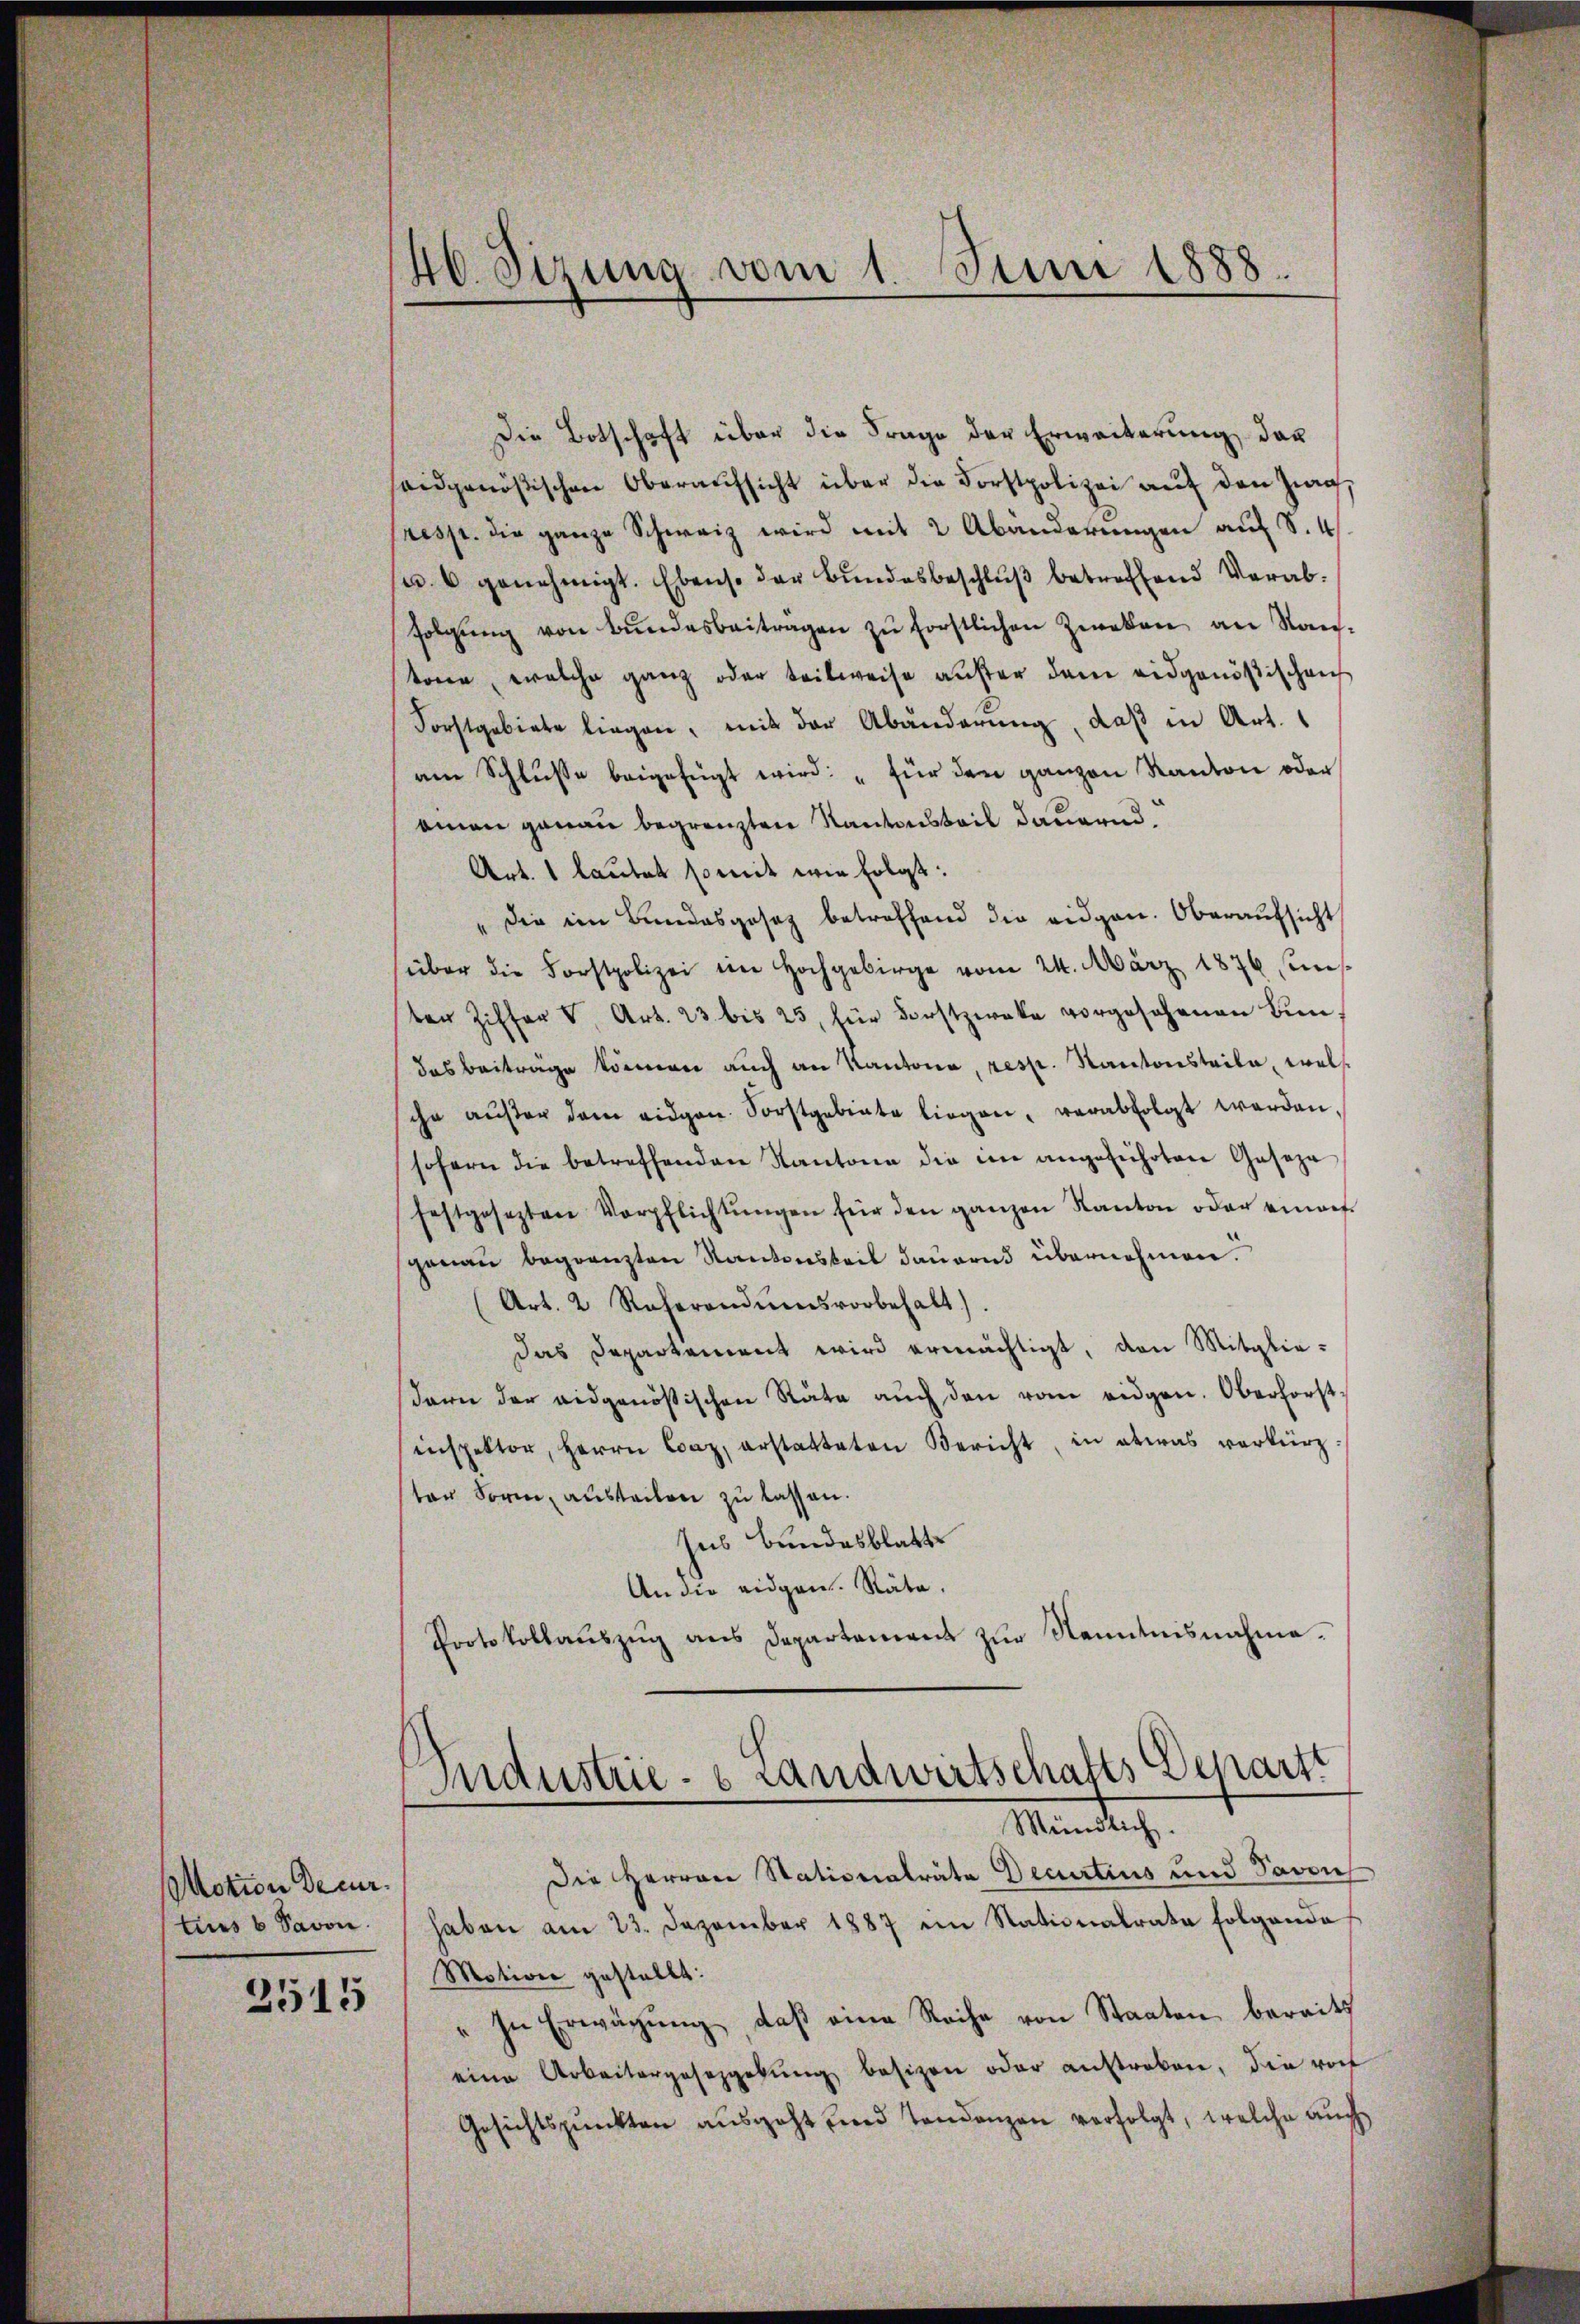
Motion decur
tuus 6 Savon.
3515

46. Sizung vom 1. Juni 1888.

Die Botschaft über die Frage der Erweiterung, das
seidgenößischen Oberaufsicht über die Forstpolizei auf den Zug,
resp. die ganze Schweiz wird mit 2 Abänderungen auf S. 4
u u genehmigt. Ebenso der Bŭndesbeschlŭβ betreffend Verabfolgŭng von Bŭndesbeitragen zŭ förstlichen Zweken an Stan-
tone, welche ganz oder teilweise außer dem eidgenößischen
Forstgebiete liegen, mit der Abänderung, daß in Art.
am Schlusse beigefügt wird: „für den ganzen Kanton oder
ainen genau begrenzten Kantonsteil dauernd
Art. 1 lautet so mit wie folgt:
" die im Bundesgesetz betreffend die eidgen. Oberaŭfsicht
süber die Forstpolizei ein Hochgebirge vom 24. März 1876 ins
ten Ziffer V. Art. 23 bis 25, für Forstzwecke vorgesehenen Bŭn
das Beiträge können auch an Kantone, resp. Kantonsteile, wel
ihr aŭβer dem eidgen. Sorstgebiete liegen, verabfolgt werden.
sofern die betreffenden Kantone die im angeführten Gasaza
festgesezten Verpflichtŭngen für den ganzen Kanton oder eingef
genau begrenzten Kantonskeit dauernd übernehmen.
Art. 2 Referandumsvorbehalt).
das Departement wird ermächtigt, den Mitglie-
dern der eidgenößischen Räte aŭch den vom eidgen. Oberforstinspektor, Herrn Caz, erstatteten Bericht, in etwas verkürzter Form austeilen zu lassen.
ses Bundesblatte
An die eidgen. Räte.
Protokollauszug aus Departement zur Kenntnisnahme.
Industrie - 6 Landwirtschafts Departt
Mündlich.
Die Herren Stationalräte Decurtius und davon
haben am 23. Dezember 1887 im Nationalrate folgende
Motion gestellt:
" In Erwägŭng, daβ eine Reihe von Staaten bereits
eine Arbeitergeseggekŭng besizen oder anstreben, die rof
Gesichtspunkten ausgeht und Tendenzen verfolgt, welche auch